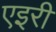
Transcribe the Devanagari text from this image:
एइरी